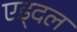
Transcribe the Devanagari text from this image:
एड्दल